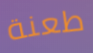
طعنة